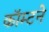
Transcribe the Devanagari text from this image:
कॉम्टने